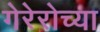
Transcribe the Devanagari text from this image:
गेरेरोच्या